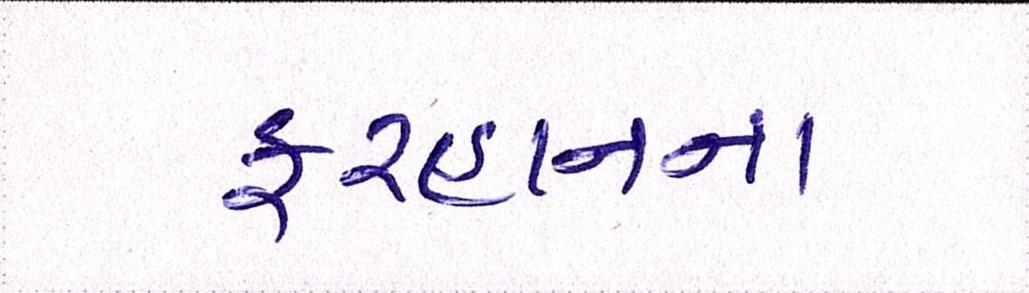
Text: ફરહાનના